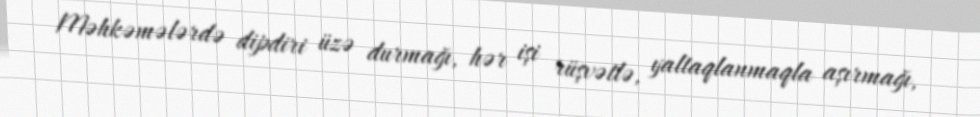
Məhkəmələrdə dipdiri üzə durmağı, hər işi rüşvətlə, yaltaqlanmaqla aşırmağı,